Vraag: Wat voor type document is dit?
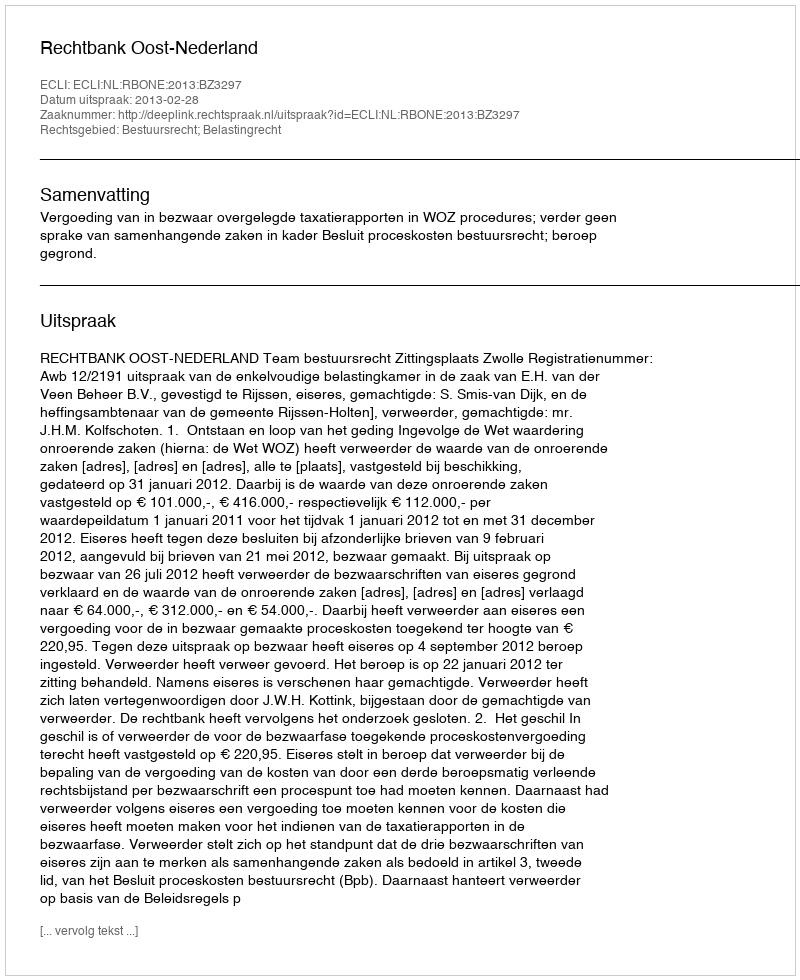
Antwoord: Uitspraak